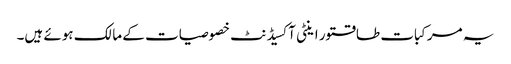
یہ مرکبات طاقتور اینٹی آکسیڈنٹ خصوصیات کے مالک ہوئے ہیں۔